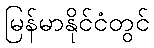
မြန်မာနိုင်ငံတွင်